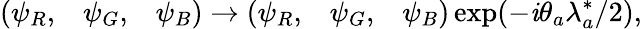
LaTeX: \left(\begin{array}{ccc}{{\psi_{R},}}&{{\psi_{G},}}&{{\psi_{B}}}\end{array}\right)\rightarrow\left(\begin{array}{ccc}{{\psi_{R},}}&{{\psi_{G},}}&{{\psi_{B}}}\end{array}\right)\exp(-\mathit{i}\theta_{a}\lambda_{a}^{*}/2),